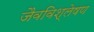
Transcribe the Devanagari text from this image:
जैवविश्लेषण